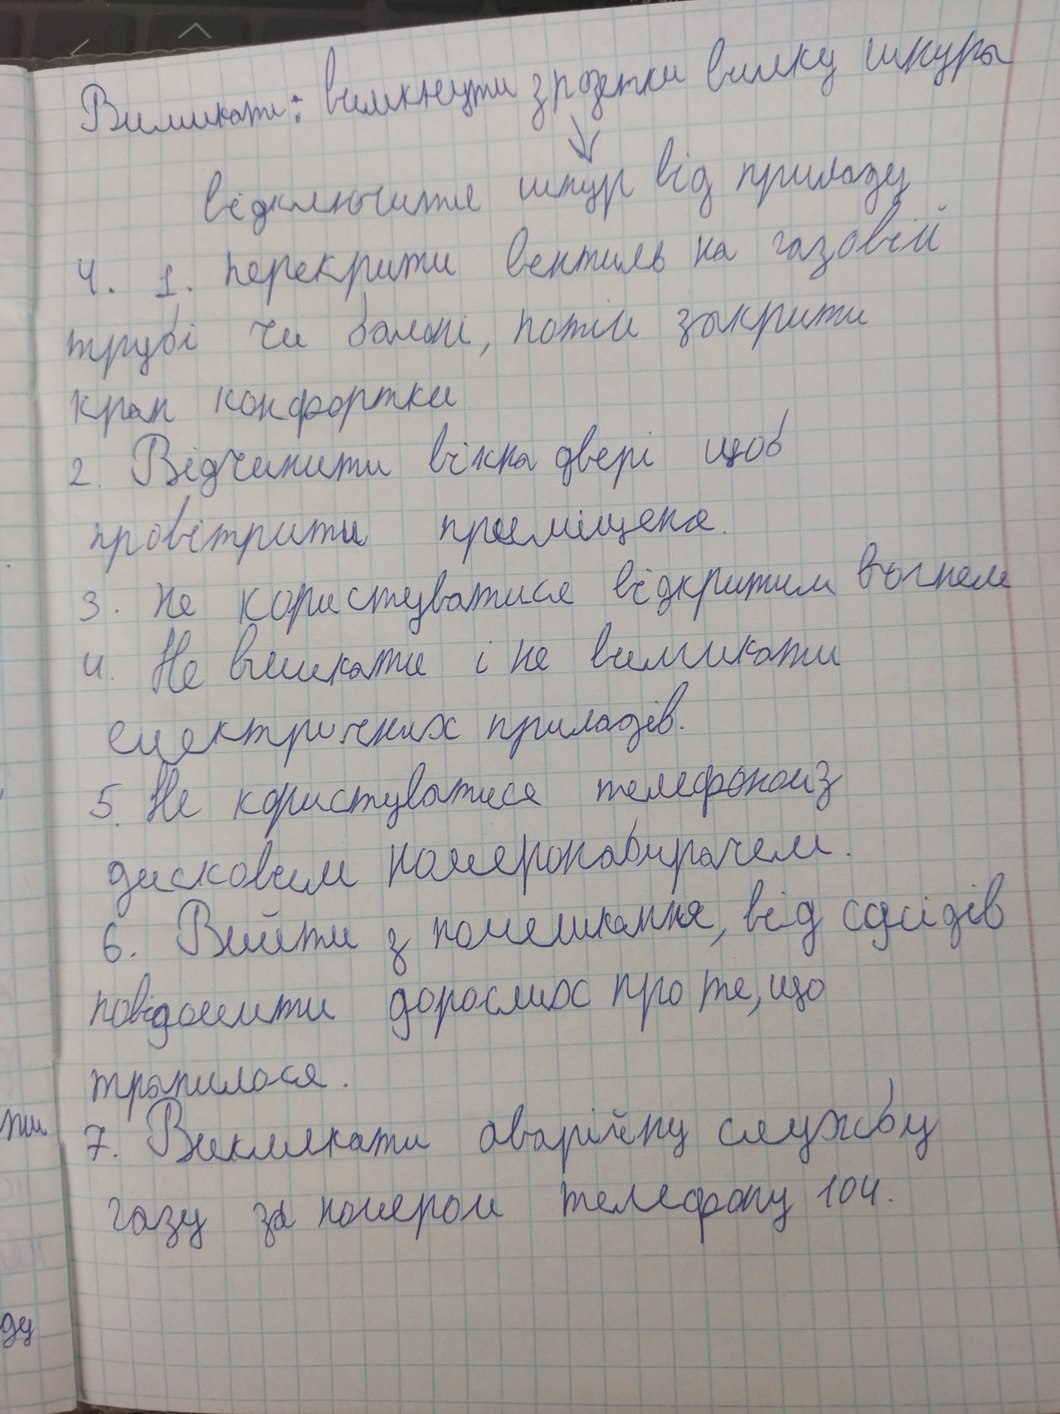
Вимикати: вимкнути з розетки вилку шнура
відключити шнур від приладу
4. 1. перекрити вентиль на газовій
трубі чи балоні, потім закрити
кран конфортки
2. Відчинити вікна двері щоб
провітрити приміщення.
3. Не користуватися відкритим вогнем
4. Не вмикати і не вимикати
електричних приладів.
5. Не користуватися телефоном з
дисковим номеронабирачем.
6. Вийти з помешкання, від сусідів
повідомити дорослих про те, що
трапилося.
7. Викликати аварійну службу
ти
газу за номером телефону 104.
ду